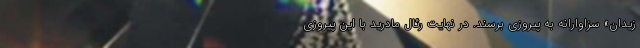
زیدان» سزاوارانه به پیروزی برسند. در نهایت رئال مادرید با این پیروزی